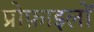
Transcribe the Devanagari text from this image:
प्रोफ़ाइलों